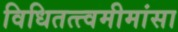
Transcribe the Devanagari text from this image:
विधितत्त्वमीमांसा